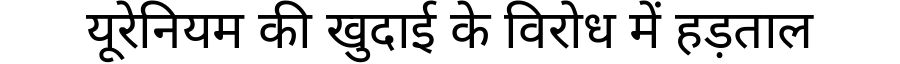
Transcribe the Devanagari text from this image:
यूरेनियम की खुदाई के विरोध में हड़ताल